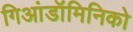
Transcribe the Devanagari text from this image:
गिआंडॉमिनिको